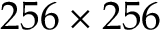
2 5 6 \times 2 5 6